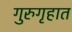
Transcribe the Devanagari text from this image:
गुरुगृहात